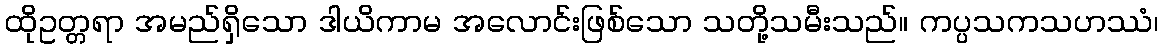
ထိုဥတ္တရာ အမည်ရှိသော ဒါယိကာမ အလောင်းဖြစ်သော သတို့သမီးသည်။ ကပ္ပသကသဟဿံ၊